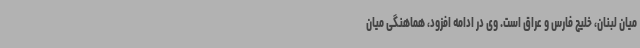
میان لبنان، خلیج فارس و عراق است. وی در ادامه افزود، هماهنگی میان